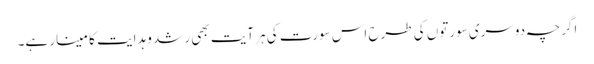
اگرچہ دوسری سورتوں کی طرح اس سورت کی ہر آیت بھی رشد و ہدایت کا مینار ہے۔